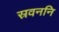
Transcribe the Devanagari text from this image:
स्रवननि